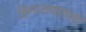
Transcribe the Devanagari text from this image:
हिमालयातली